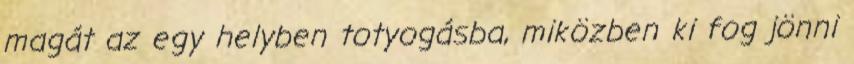
magát az egy helyben totyogásba, miközben ki fog jönni